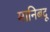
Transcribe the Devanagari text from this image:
मानिबदू